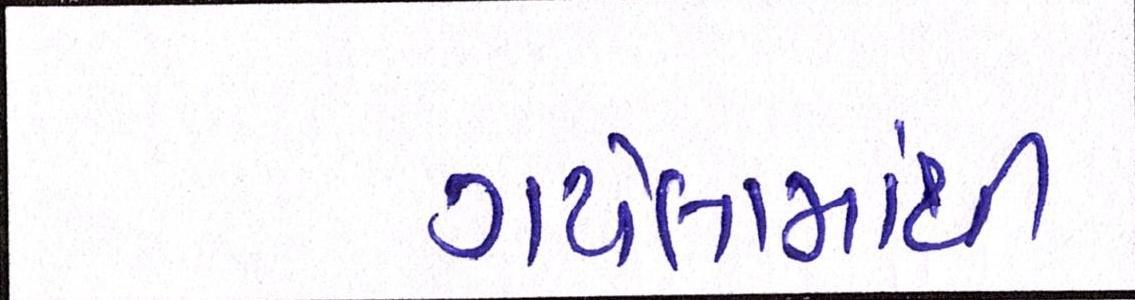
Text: ગયેલામાંથી